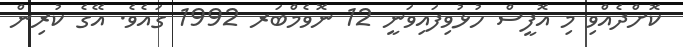
ކޮށްދެއްވި މި އޮފީސް ހުޅުވިފައިވަނީ 12 ނޮވެމްބަރ 1992 ގައެވެ. އޭގެ ކުރިން